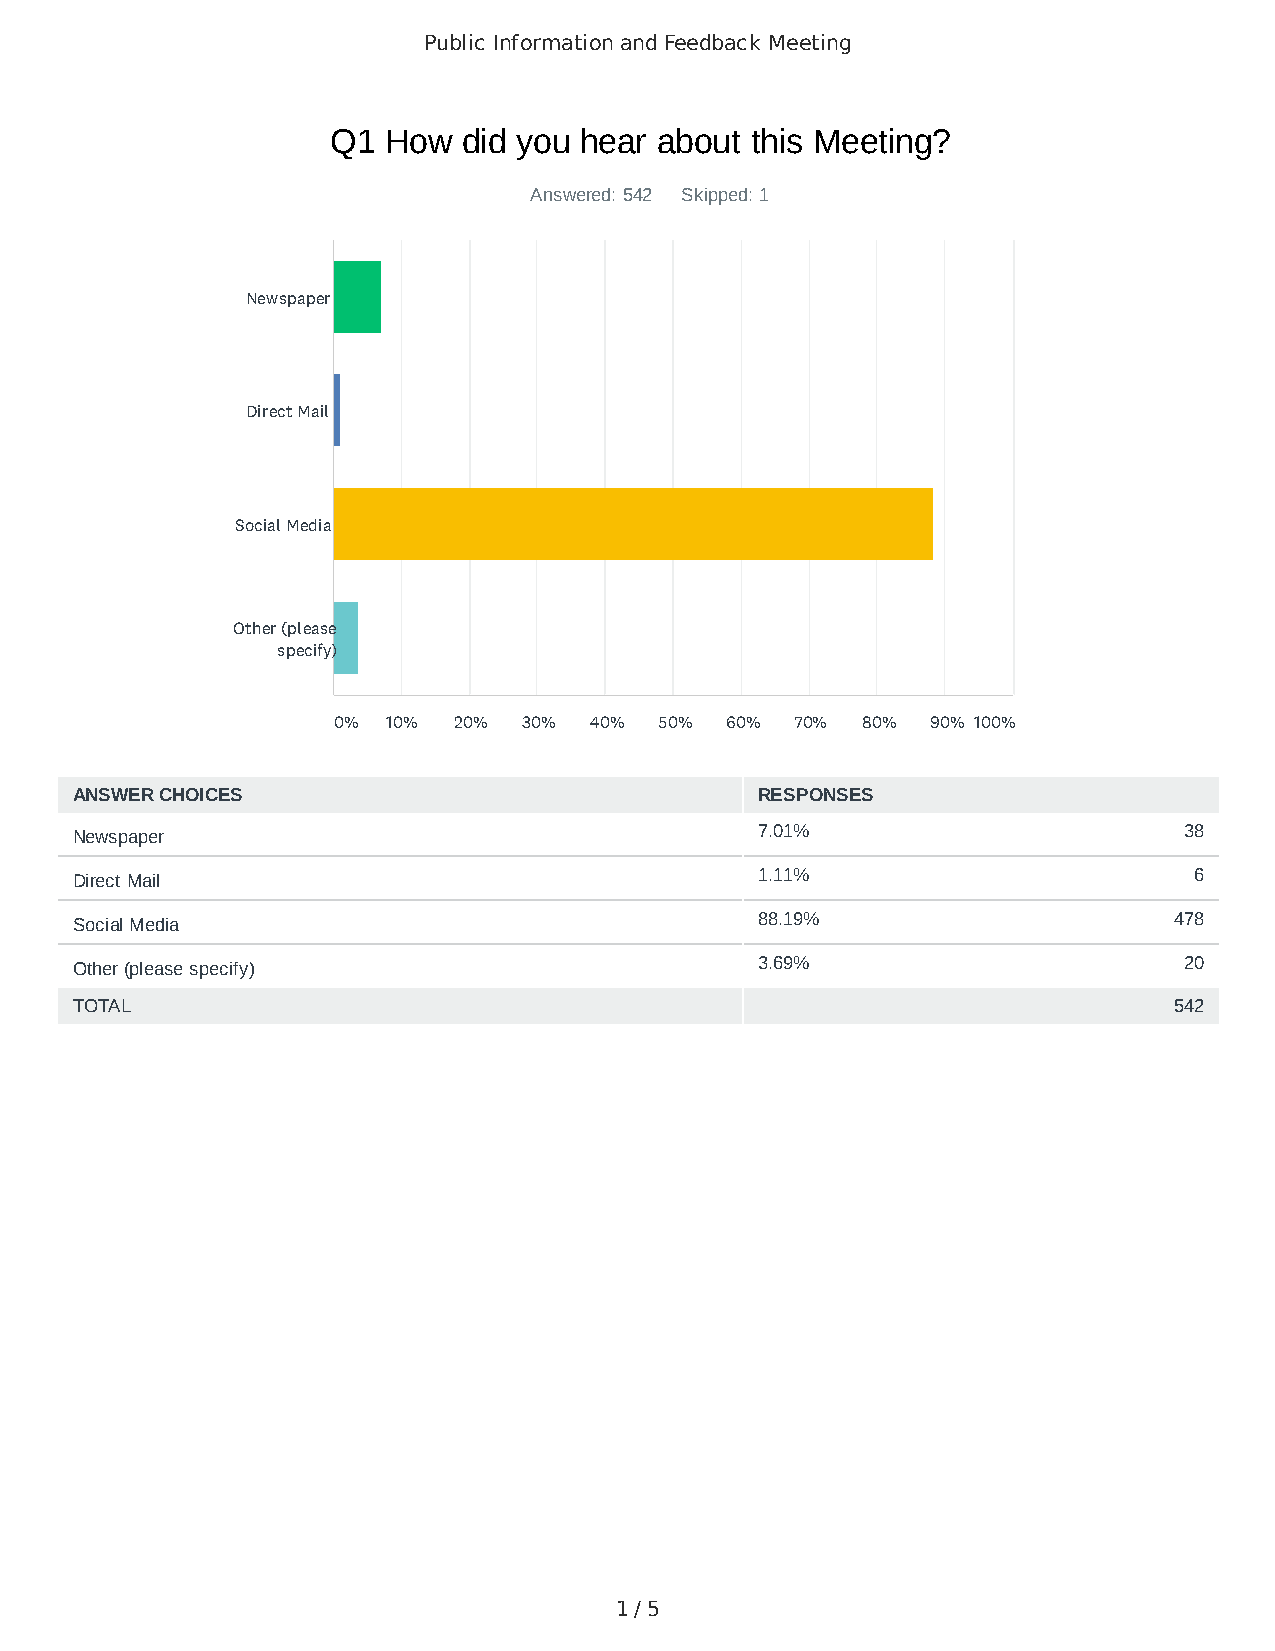
Public Information and Feedback Meeting
 Q1  How  did you hear about this Meeting?
 Answered: 542 Skipped: 1
 Newspaper
 Direct Mail
 Social Media
 Other (please
 specify)
 0%  10% 20%  30% 40%  50% 60%  70% 80%  90% 100%
 ANSWER CHOICES                               RESPONSES
 Newspaper                                    7.01%                       38
 Direct Mail                                  1.11%                        6
 Social Media                                 88.19%                      478
 Other (please specify)                       3.69%                       20
 TOTAL                                                                    542
 1 / 5